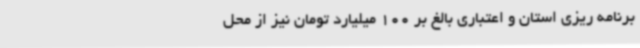
برنامه ریزی استان و اعتباری بالغ بر 100 میلیارد تومان نیز از محل